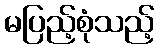
မပြည့်စုံသည့်